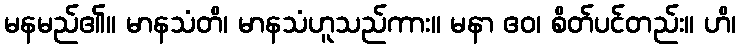
မနမည်၏။ မာနသံတိ၊ မာနသံဟူသည်ကား။ မနာ ဧဝ၊ စိတ်ပင်တည်း။ ဟိ၊